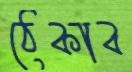
ঠেকাব